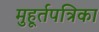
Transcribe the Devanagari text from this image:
मुहूर्तपत्रिका